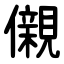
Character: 儭